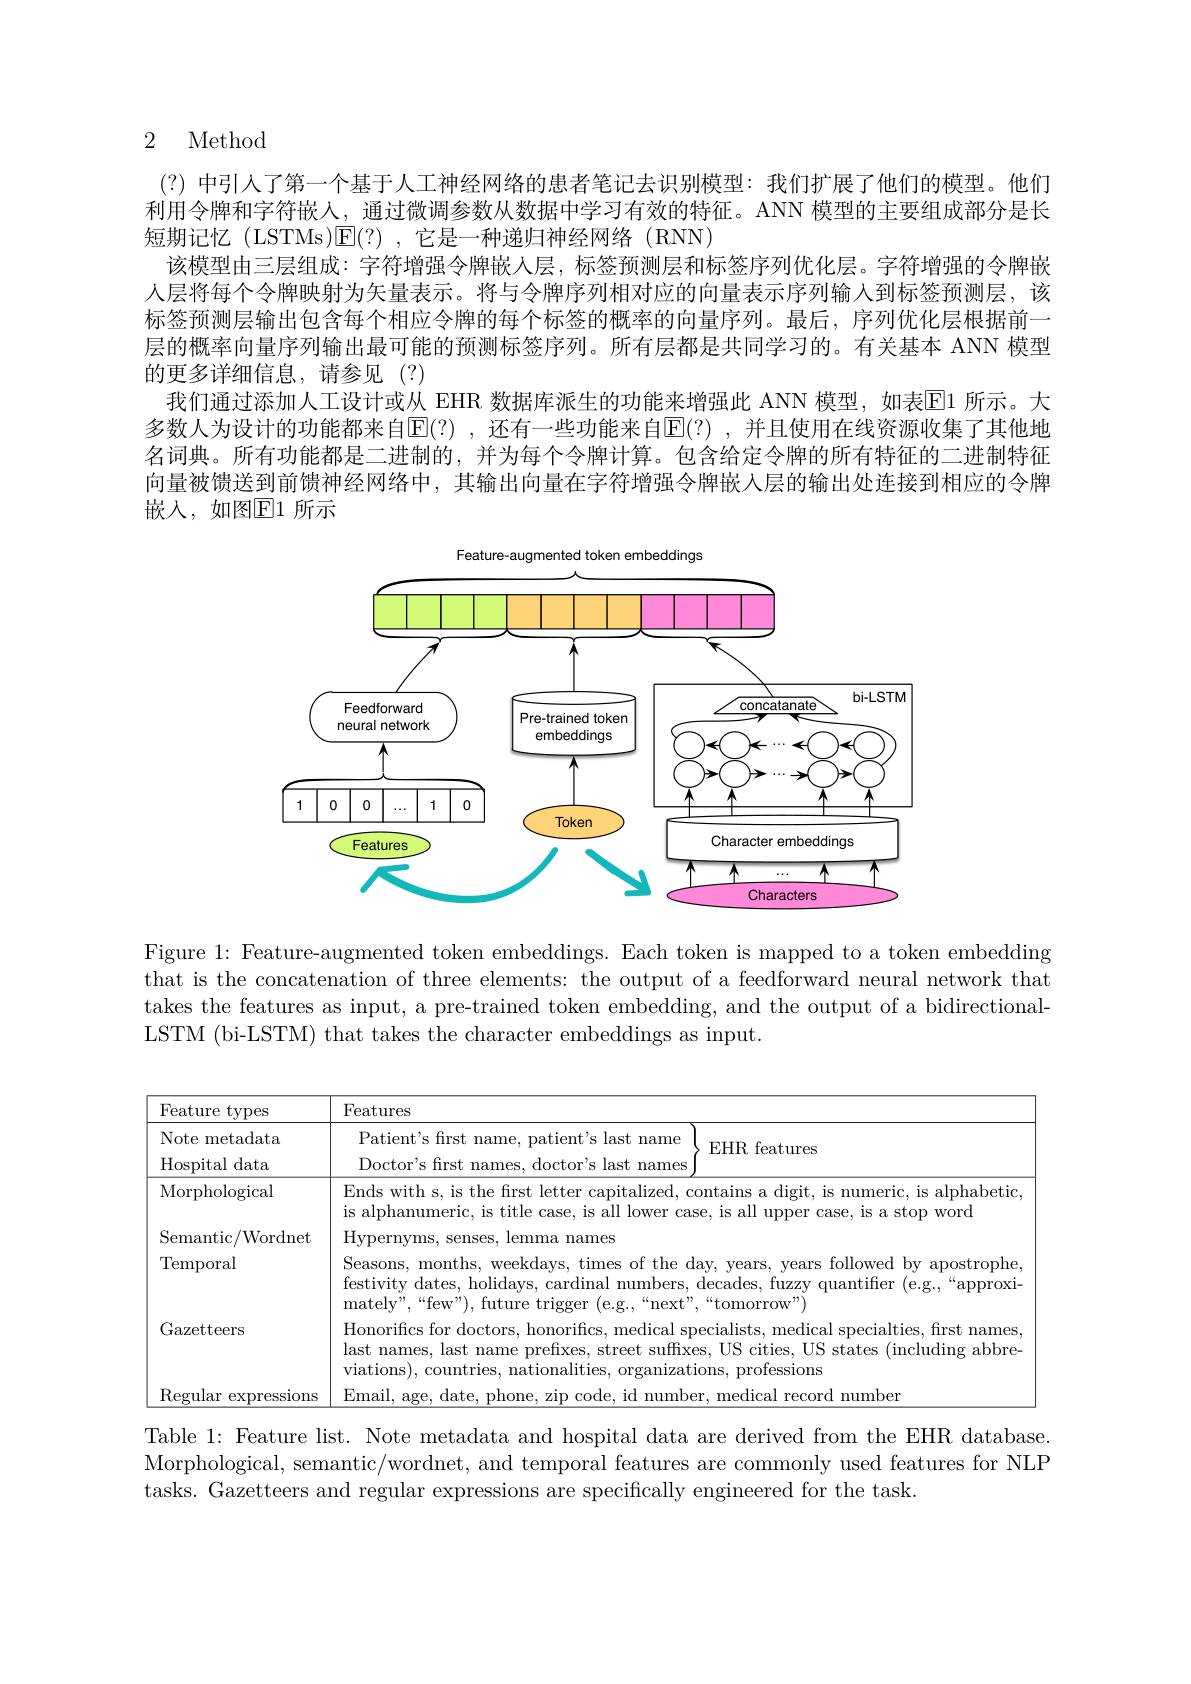
### 2 Method

(?)中引入了第一个基于人工神经网络的患者笔记去识别模型：我们扩展了他们的模型。他们利用令牌和字符嵌人，通过微调参数从数据中学习有效的特征。ANN 模型的主要组成部分是长短期记忆 (LSTMs)$\mathsf{E}(?)$ ,它是一种递归神经网络 (RNN)
该模型由三层组成：字符增强令牌嵌人层，标签预测层和标签序列优化层。字符增强的令牌嵌人层将每个令牌映射为矢量表示。将与令牌序列相对应的向量表示序列输入到标签预测层，该标签预测层输出包含每个相应令牌的每个标签的概率的向量序列。最后，序列优化层根据前一层的概率向量序列输出最可能的预测标签序列。所有层都是共同学习的。有关基本 ANN 模型的更多详细信息，请参见(?)
我们通过添加人工设计或从 EHR 数据库派生的功能来增强此 ANN 模型，如表$\mathbb{E}$1 所示。大多数人为设计的功能都来自$\operatorname{E}(?)$ ,还有一些功能来自$\operatorname{E}(?)$ ,并且使用在线资源收集了其他地名词典。所有功能都是二进制的，并为每个令牌计算。包含给定令牌的所有特征的二进制特征向量被馈送到前馈神经网络中，其输出向量在字符增强令牌嵌入层的输出处连接到相应的令牌嵌入，如图El1 所示

<FigureHere>

Figure 1: Feature-augmented token embeddings. Each token is mapped to a token embedding that is the concatenation of three elements: the output of a feedforward neural network that takes the features as input, a pre-trained token embedding, and the output of a bidirectionalLSTM (bi-LSTM) that takes the character embeddings as input.

<table>
	<tbody>
		<tr>
			<th>Feature ${\mathrm{types}}$</th>
			<th>Features</th>
		</tr>
		<tr>
			<td>Note metadata</td>
			<td>Patient's frst name $s|ast$ ${\text{name}}$</td>
		</tr>
		<tr>
			<td>Hospital data</td>
			<td>Docto$r^{\prime }$s frst t names $\mathrm{doctor}^{'}$s $=1ast$ t names</td>
		</tr>
		<tr>
			<td>Morphological</td>
			<td>Ends with s, is the first letter capitalized, contains a digit, is numeric, is alphabetic is alphanumeric, is title case, is all lower case, is all upper case, is a stop word</td>
		</tr>
		<tr>
			<td>Semantic/ Wordnet</td>
			<td>Hypernyms, senses emma names</td>
		</tr>
		<tr>
			<td>$\operatorname{Temporal}$</td>
			<td>Seasons, months, weekdays, times of the day, years, years followed by apostrophe festivityd$ates, holidays, cardinal numbers, decades, fuzzy quantifier ( e. g. , “ approxi- 1)$ mately" , “ few" ) , future trigger ( e. g. , “ next" , “ tomorrow" ) </td>
		</tr>
		<tr>
			<td>Gazetteers</td>
			<td>Honorifics for doctors, honorifics, medical specialists, medical specialties, first names, last names, last name prefixes, street suffixes, US cities, US states (including abbre- viations), countries, nationalities, organizations, professions</td>
		</tr>
		<tr>
			<td>Regular expresslons</td>
			<td>Email. age date l record number</td>
		</tr>
	</tbody>
</table>

Table 1: Feature list. Note metadata and hospital data are derived from the EHR database. Morphological, semantic/wordnet, and temporal features are commonly used features for NLP tasks. Gazetteers and regular expressions are specifically engineered for the task.